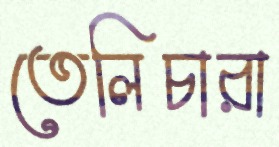
তেলিচারা